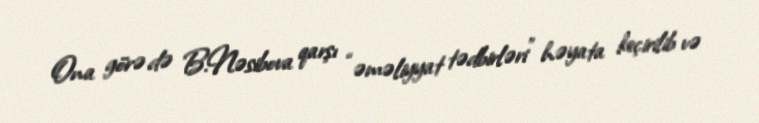
Ona görə də B.Nəsibova qarşı “əməliyyat tədbirləri” həyata keçirilib və